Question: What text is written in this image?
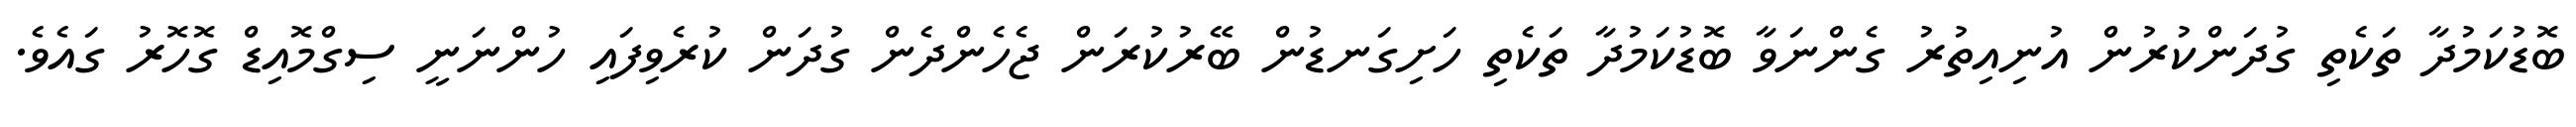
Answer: ބޮޑުކަމުދާ ތަކެތި ގުދަންކުރުން އުނިއިތުރު ގެންނަވާ ބޮޑުކަމުދާ ތަކެތި ހަށިގަނޑުން ބޭރުކުރަން ޖެހެންދެން ގުދަން ކުރެވިފައި ހުންނަނީ ސިގްމޮއިޑް ގޮހޮރު ގައެވެ.